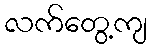
လက်တွေ့ကျ